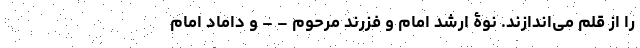
را از قلم می‌اندازند. نوۀ ارشد امام و فزرند مرحوم – – و داماد امام